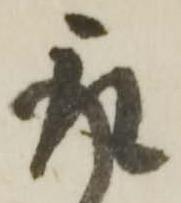
取